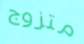
متزوج